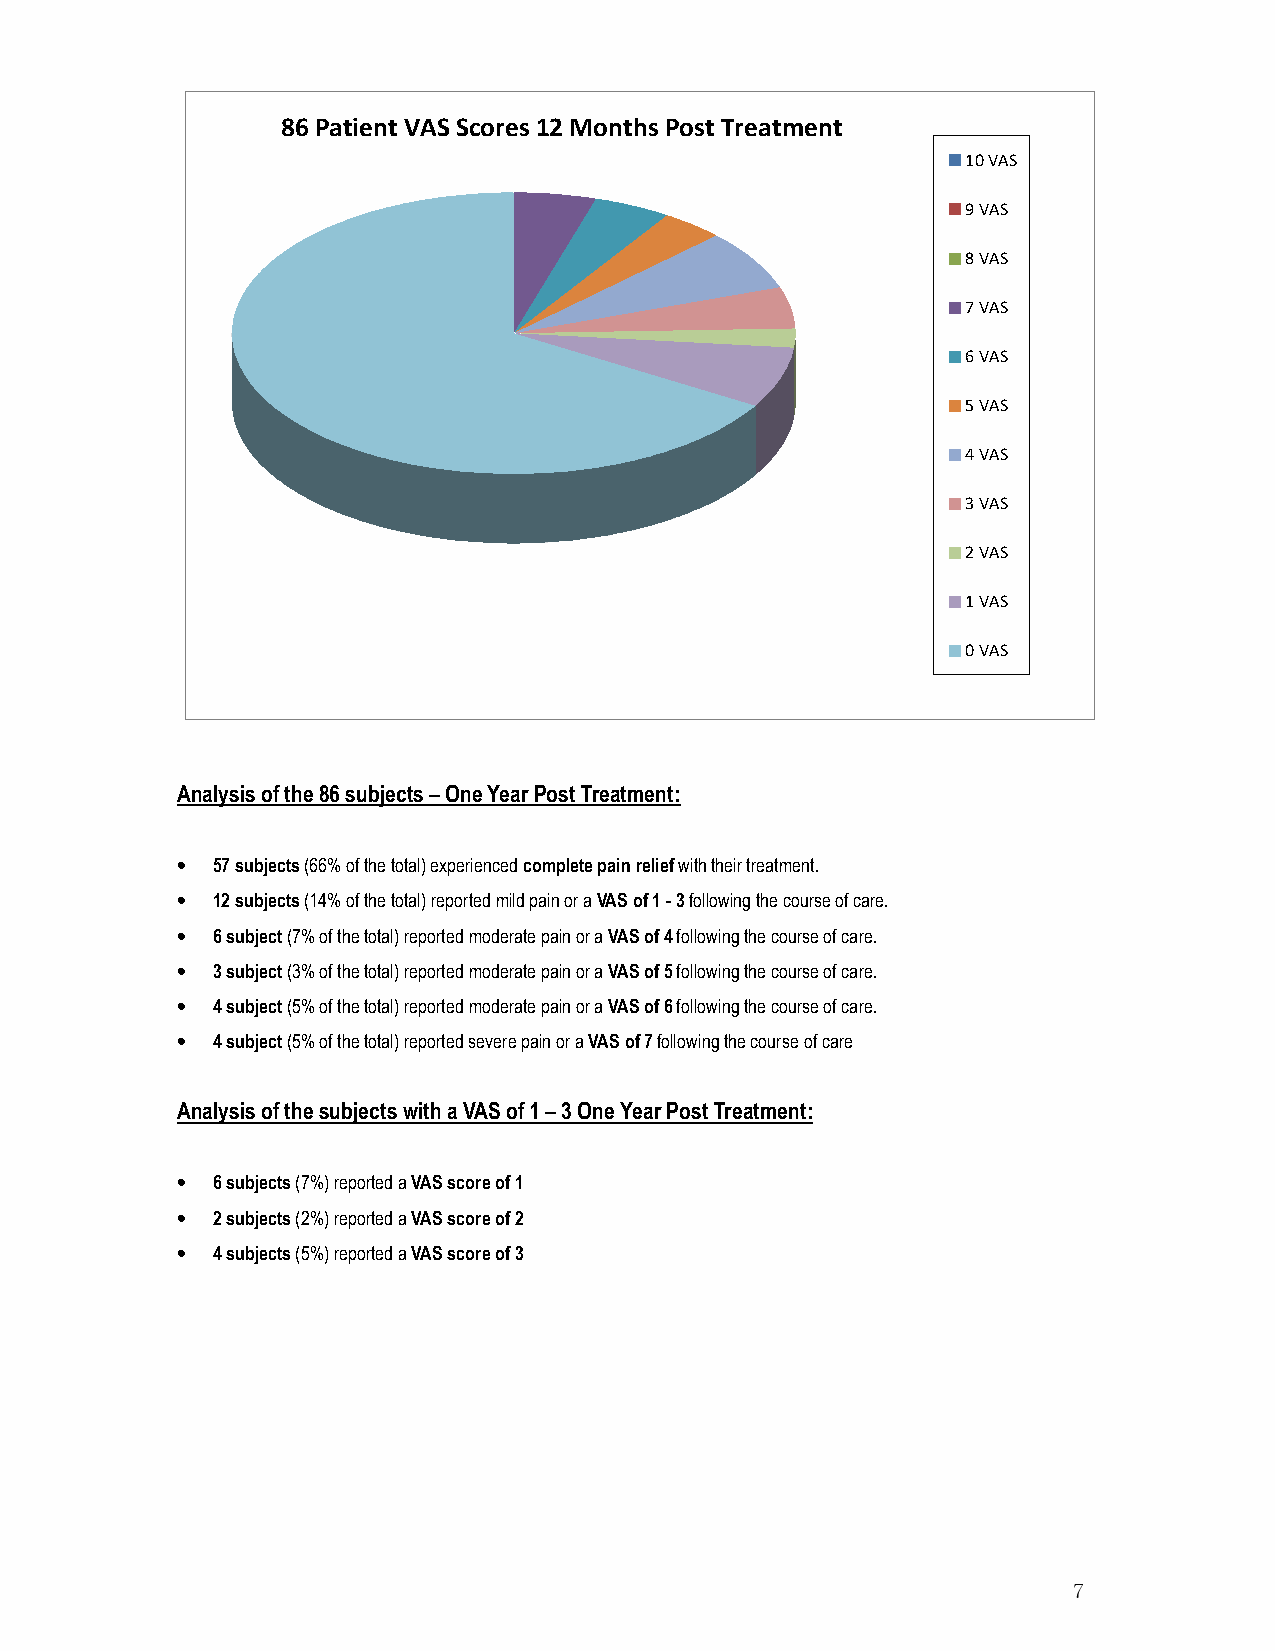
86 Patient VAS Scores 12 Months Post Treatment
 10 VAS
 9 VAS
 8 VAS
 7 VAS
 6 VAS
 5 VAS
 4 VAS
 3 VAS
 2 VAS
 1 VAS
 0 VAS
 Analysis of the 86 subjects – One Year Post Treatment:
 • 57 subjects (66% of the total) experienced complete pain relief with their treatment.
 • 12 subjects (14% of the total) reported mild pain or a VAS of 1 - 3 following the course of care.
 • 6 subject (7% of the total) reported moderate pain or a VAS of 4 following the course of care.
 • 3 subject (3% of the total) reported moderate pain or a VAS of 5 following the course of care.
 • 4 subject (5% of the total) reported moderate pain or a VAS of 6 following the course of care.
 • 4 subject (5% of the total) reported severe pain or a VAS of 7 following the course of care
 Analysis of the subjects with a VAS of 1 – 3 One Year Post Treatment:
 • 6 subjects (7%) reported a VAS score of 1
 • 2 subjects (2%) reported a VAS score of 2
 • 4 subjects (5%) reported a VAS score of 3
 7